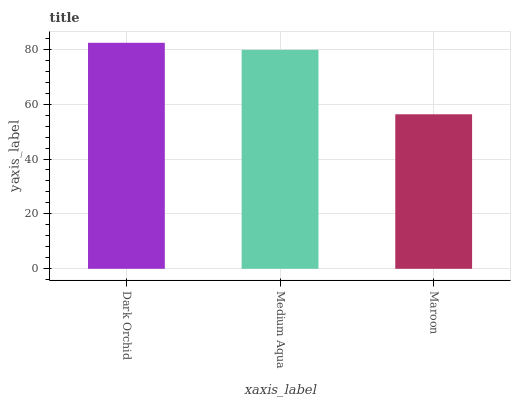
| xaxis_label | bars |
 | --- | --- |
 | Dark Orchid | 82.3 |
 | Medium Aqua | 79.8 |
 | Maroon | 56.3 |